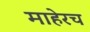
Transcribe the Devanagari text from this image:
माहेरच